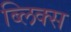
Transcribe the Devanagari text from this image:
ब्लिक्स